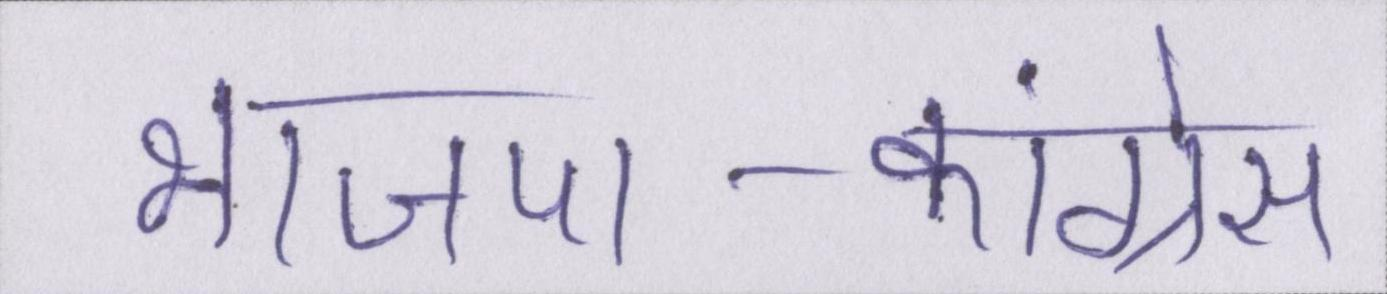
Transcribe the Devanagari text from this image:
भाजपा-कांग्रेस